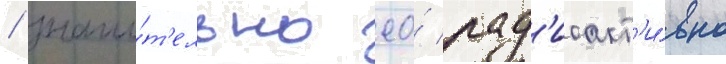
/ значи́т'ельно ео́ рад'иоакт'и́вно